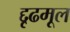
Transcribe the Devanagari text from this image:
द्दृढमूल